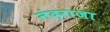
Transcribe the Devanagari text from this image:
नंदराजा